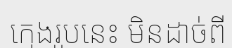
ក្មេងរូបនេះ មិនដាច់ពី